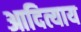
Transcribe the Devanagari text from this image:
आदित्याय